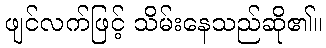
ဖျင်လက်ဖြင့် သိမ်းနေသည်ဆို၏။